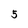
Character: 5